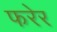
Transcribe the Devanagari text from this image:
फरेर